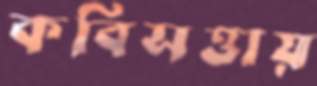
কবিসত্তায়